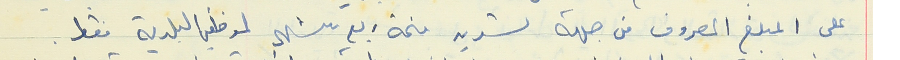
على المبلغ المصروف من جهة تسديد قيمة ربع شهر لموظفي البلدية فقط.